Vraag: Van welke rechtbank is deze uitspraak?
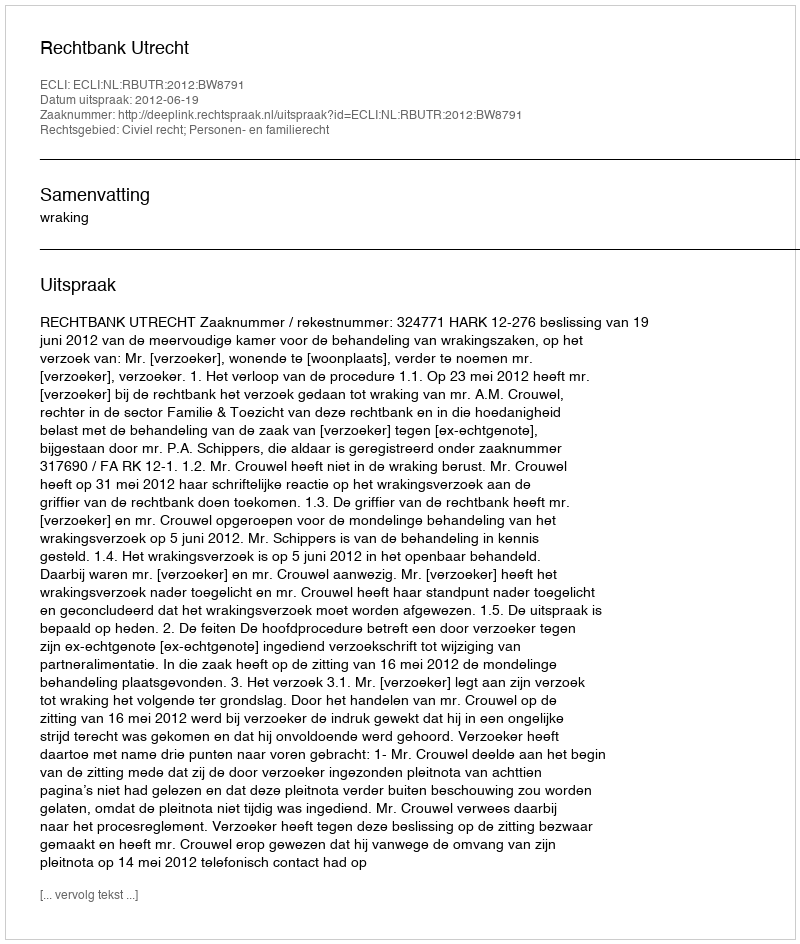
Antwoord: Rechtbank Utrecht